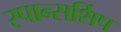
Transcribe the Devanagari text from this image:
स्पान्सर्शिप